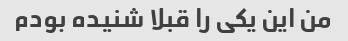
من این یکی را قبلا شنیده بودم